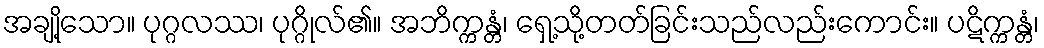
အချို့သော။ ပုဂ္ဂလဿ၊ ပုဂ္ဂိုလ်၏။ အဘိက္ကန္တံ၊ ရှေ့သို့တတ်ခြင်းသည်လည်းကောင်း။ ပဋိက္ကန္တံ၊